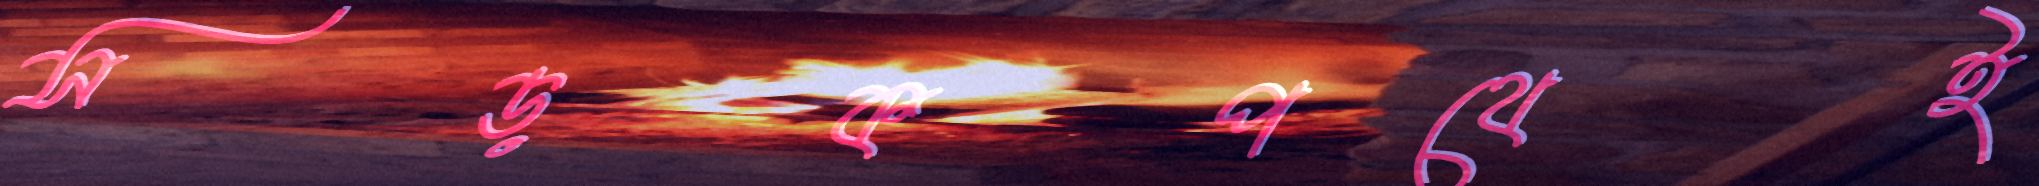
সড়কপথেই